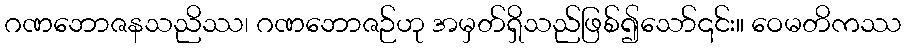
ဂဏဘောဇနသညိဿ၊ ဂဏဘောဇဉ်ဟု အမှတ်ရှိသည်ဖြစ်၍သော်၎င်း။ ဝေမတိကဿ